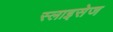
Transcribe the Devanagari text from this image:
स्लाइसेज